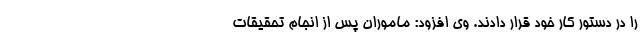
را در دستور کار خود قرار دادند. وی افزود: ماموران پس از انجام تحقیقات